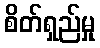
စိတ်ရှည်မှု